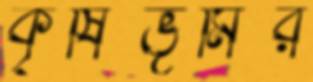
কৃষিভূমির